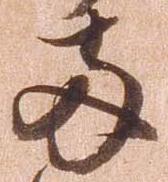
両